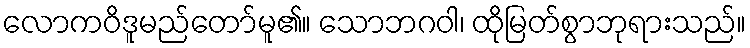
လောကဝိဒူမည်တော်မူ၏။ သောဘဂဝါ၊ ထိုမြတ်စွာဘုရားသည်။